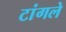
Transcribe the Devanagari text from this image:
टांगले